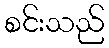
စင်းသည်